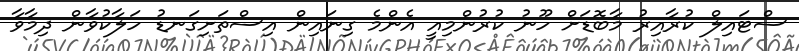
ސްޓައިލް ކުރާއިރު މާބޮޑަށް ހޫނު ކުރުންމިއީ އެންމެ ގިނައިން އިސްތަށިގަނޑު ހަލާކުވާން ދިމާވާ